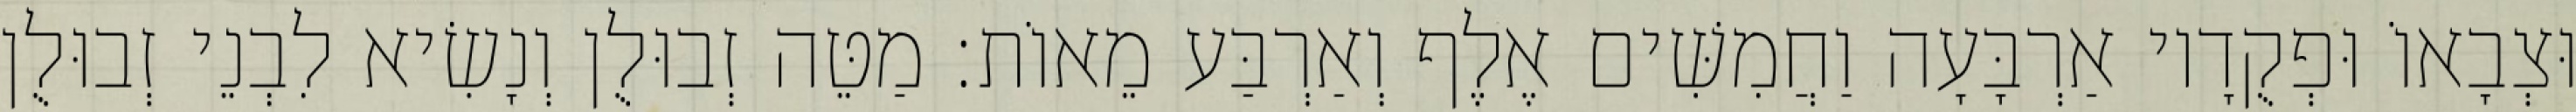
וּצְבָאוֹ וּפְקֻדָיו אַרְבָּעָה וַחֲמִשִּׁים אֶלֶף וְאַרְבַּע מֵאוֹת׃ מַטֵּה זְבוּלֻן וְנָשִׂיא לִבְנֵי זְבוּלֻן